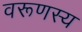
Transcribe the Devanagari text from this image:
वरूणस्य